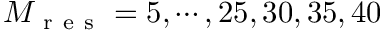
M _ { \mathrm { ~ r ~ e ~ s ~ } } = 5 , \cdots , 2 5 , 3 0 , 3 5 , 4 0